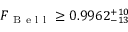
F _ { \mathrm { ~ B ~ e ~ l ~ l ~ } } \geq 0 . 9 9 6 2 _ { - 1 3 } ^ { + 1 0 }